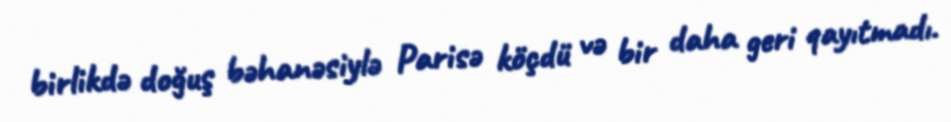
birlikdə doğuş bəhanəsiylə Parisə köçdü və bir daha geri qayıtmadı.